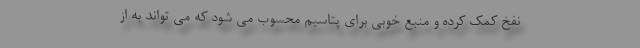
نفخ کمک کرده و منبع خوبی برای پتاسیم محسوب می شود که می تواند به از